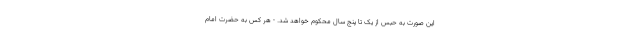
این صورت به حبس از یک تا پنج سال محکوم خواهد شد. - هر کس به حضرت امام